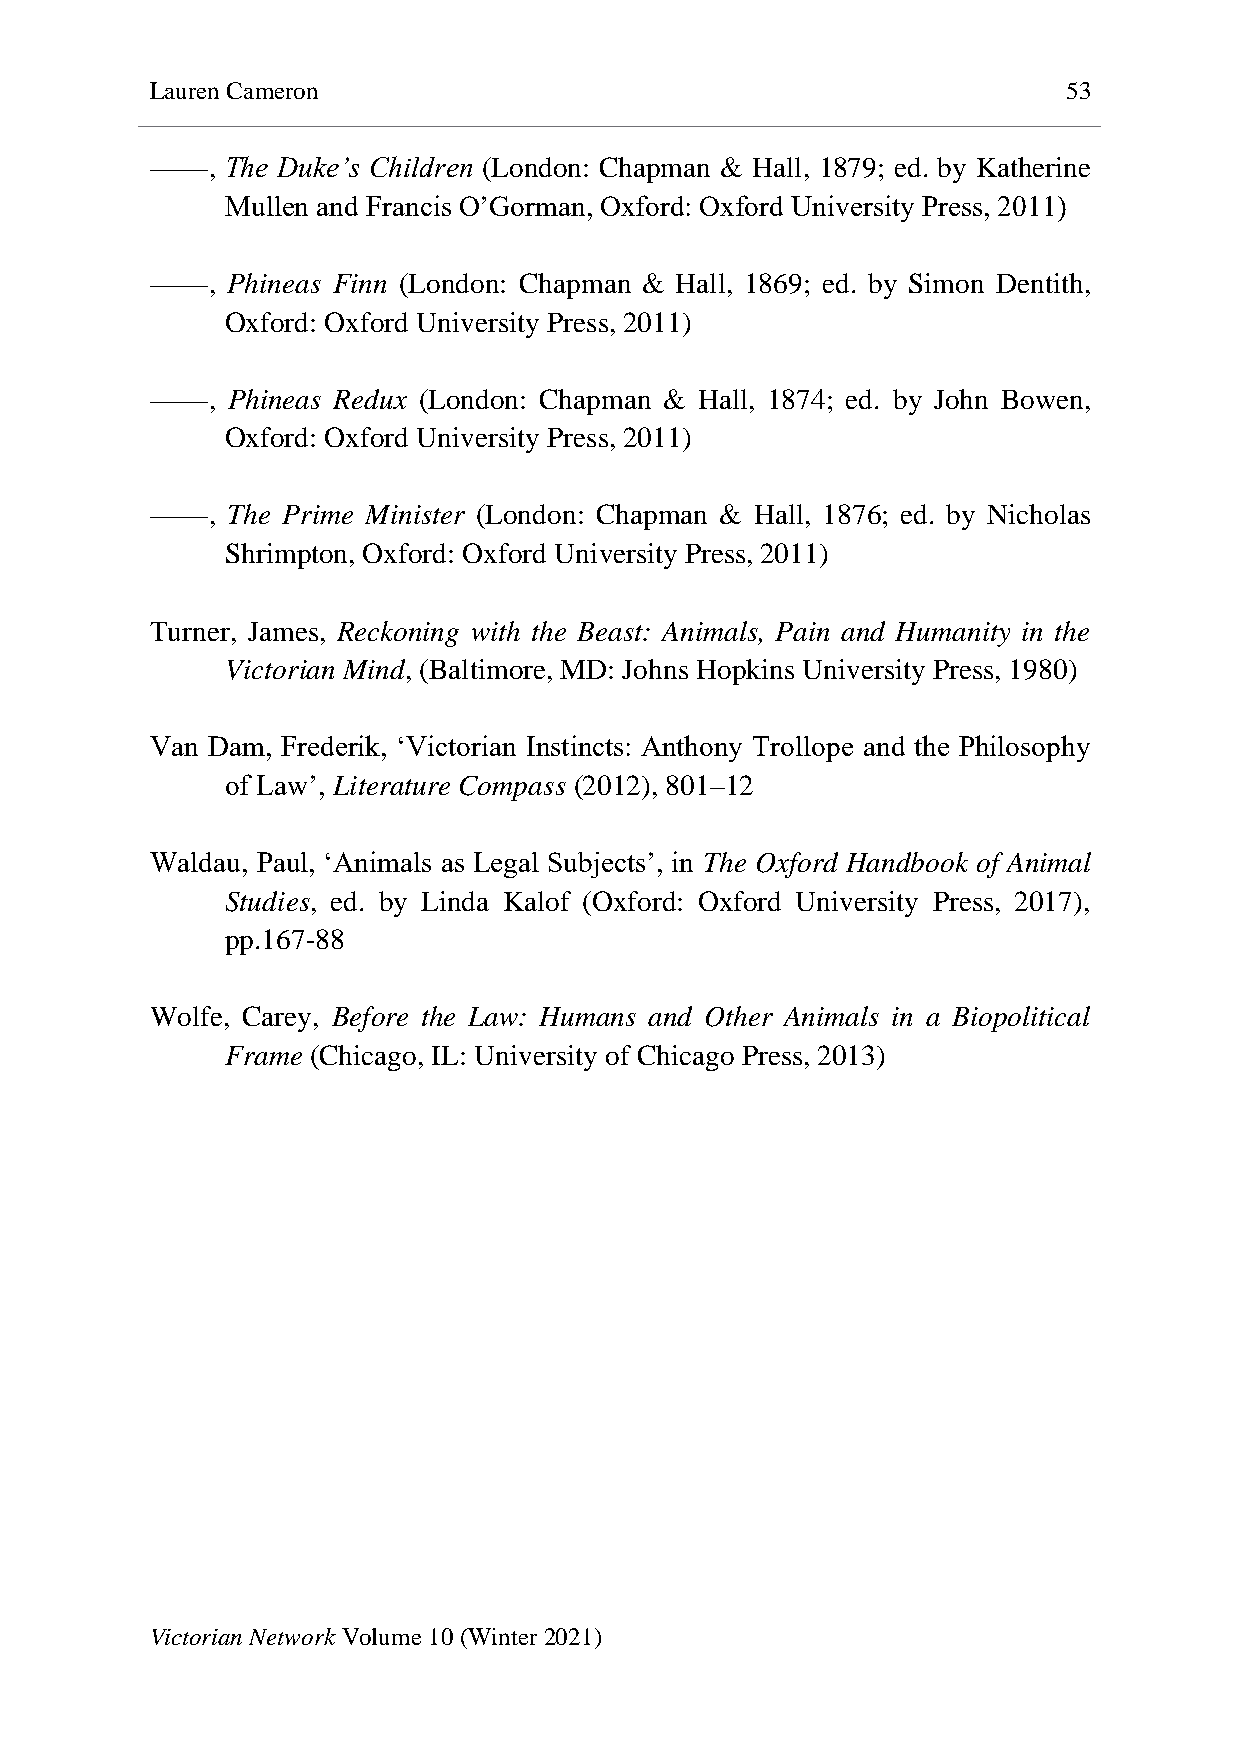
Lauren Cameron                                               53
 ——,  The Duke’s Children (London: Chapman & Hall, 1879; ed. by Katherine
 Mullen and Francis O’Gorman, Oxford: Oxford University Press, 2011)
 ——,  Phineas Finn (London: Chapman & Hall, 1869; ed. by Simon Dentith,
 Oxford: Oxford University Press, 2011)
 ——,  Phineas Redux (London: Chapman & Hall, 1874; ed. by John Bowen,
 Oxford: Oxford University Press, 2011)
 ——,  The Prime Minister (London: Chapman & Hall, 1876; ed. by Nicholas
 Shrimpton, Oxford: Oxford University Press, 2011)
 Turner, James, Reckoning with the Beast: Animals, Pain and Humanity in the
 Victorian Mind, (Baltimore, MD: Johns Hopkins University Press, 1980)
 Van Dam, Frederik, ‘Victorian Instincts: Anthony Trollope and the Philosophy
 of Law’, Literature Compass (2012), 801–12
 Waldau, Paul, ‘Animals as Legal Subjects’, in The Oxford Handbook of Animal
 Studies, ed. by Linda Kalof (Oxford: Oxford University Press, 2017),
 pp.167-88
 Wolfe, Carey, Before the Law: Humans and Other Animals in a Biopolitical
 Frame (Chicago, IL: University of Chicago Press, 2013)
 Victorian Network Volume 10 (Winter 2021)